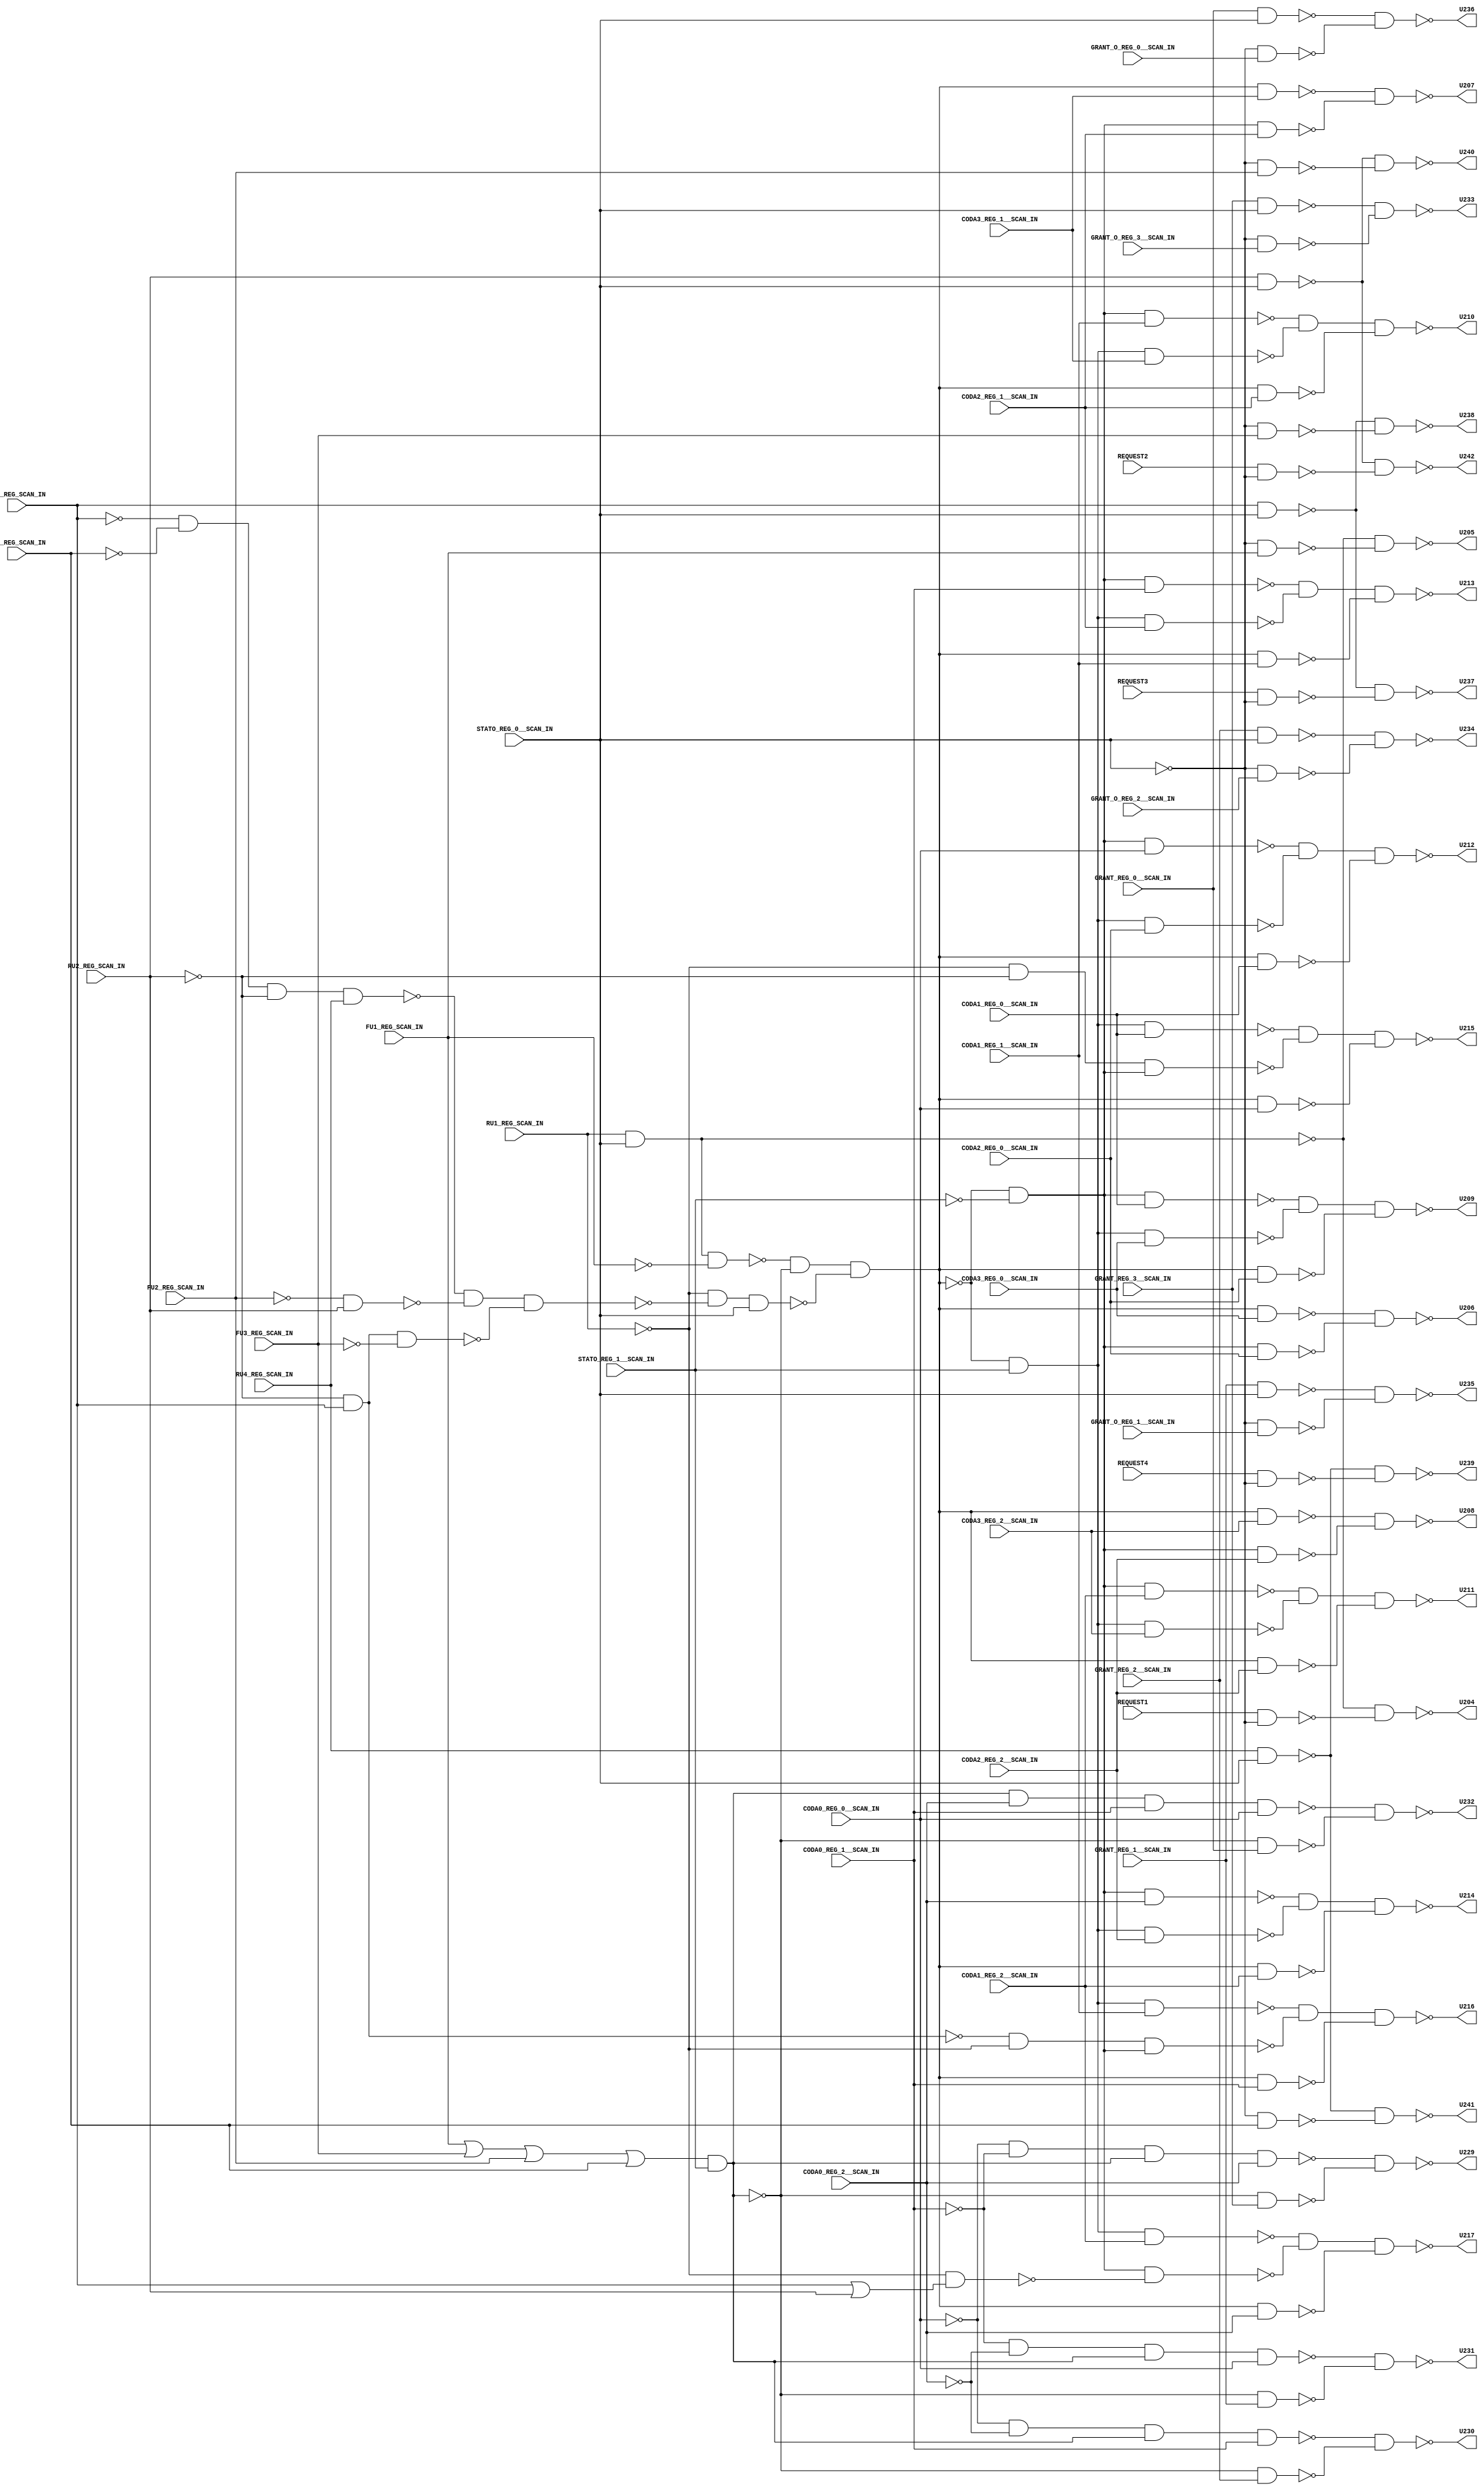
module b03_C( STATO_REG_0__SCAN_IN, REQUEST1, REQUEST2, REQUEST3, REQUEST4, CODA0_REG_2__SCAN_IN, CODA0_REG_1__SCAN_IN, CODA0_REG_0__SCAN_IN, CODA1_REG_2__SCAN_IN, CODA1_REG_1__SCAN_IN, CODA1_REG_0__SCAN_IN, CODA2_REG_2__SCAN_IN, CODA2_REG_1__SCAN_IN, CODA2_REG_0__SCAN_IN, CODA3_REG_2__SCAN_IN, CODA3_REG_1__SCAN_IN, CODA3_REG_0__SCAN_IN, GRANT_REG_3__SCAN_IN, GRANT_REG_2__SCAN_IN, GRANT_REG_1__SCAN_IN, GRANT_REG_0__SCAN_IN, GRANT_O_REG_3__SCAN_IN, GRANT_O_REG_2__SCAN_IN, GRANT_O_REG_1__SCAN_IN, GRANT_O_REG_0__SCAN_IN, RU3_REG_SCAN_IN, FU1_REG_SCAN_IN, FU3_REG_SCAN_IN, RU1_REG_SCAN_IN, RU4_REG_SCAN_IN, FU2_REG_SCAN_IN, FU4_REG_SCAN_IN, RU2_REG_SCAN_IN, STATO_REG_1__SCAN_IN, U204, U205, U206, U207, U208, U209, U210, U211, U212, U213, U214, U215, U216, U217, U229, U230, U231, U232, U233, U234, U235, U236, U237, U238, U239, U240, U241, U242); 
input STATO_REG_0__SCAN_IN, REQUEST1, REQUEST2, REQUEST3, REQUEST4, CODA0_REG_2__SCAN_IN, CODA0_REG_1__SCAN_IN, CODA0_REG_0__SCAN_IN, CODA1_REG_2__SCAN_IN, CODA1_REG_1__SCAN_IN, CODA1_REG_0__SCAN_IN, CODA2_REG_2__SCAN_IN, CODA2_REG_1__SCAN_IN, CODA2_REG_0__SCAN_IN, CODA3_REG_2__SCAN_IN, CODA3_REG_1__SCAN_IN, CODA3_REG_0__SCAN_IN, GRANT_REG_3__SCAN_IN, GRANT_REG_2__SCAN_IN, GRANT_REG_1__SCAN_IN, GRANT_REG_0__SCAN_IN, GRANT_O_REG_3__SCAN_IN, GRANT_O_REG_2__SCAN_IN, GRANT_O_REG_1__SCAN_IN, GRANT_O_REG_0__SCAN_IN, RU3_REG_SCAN_IN, FU1_REG_SCAN_IN, FU3_REG_SCAN_IN, RU1_REG_SCAN_IN, RU4_REG_SCAN_IN, FU2_REG_SCAN_IN, FU4_REG_SCAN_IN, RU2_REG_SCAN_IN, STATO_REG_1__SCAN_IN; 
output U204, U205, U206, U207, U208, U209, U210, U211, U212, U213, U214, U215, U216, U217, U229, U230, U231, U232, U233, U234, U235, U236, U237, U238, U239, U240, U241, U242; 
wire U201, U202, U203, U218, U219, U220, U221, U222, U223, U224, U225, U226, U227, U228, U243, U244, U245, U246, U247, U248, U249, U250, U251, U252, U253, U254, U255, U256, U257, U258, U259, U260, U261, U262, U263, U264, U265, U266, U267, U268, U269, U270, U271, U272, U273, U274, U275, U276, U277, U278, U279, U280, U281, U282, U283, U284, U285, U286, U287, U288, U289, U290, U291, U292, U293, U294, U295, U296, U297, U298, U299, U300, U301, U302, U303, U304, U305, U306, U307, U308, U309, U310, U311, U312, U313, U314, U315, U316, U317, U318, U319, U320, U321, U322; 
assign U203 = ~STATO_REG_0__SCAN_IN; 
assign U218 = ~STATO_REG_1__SCAN_IN; 
assign U219 = ~RU3_REG_SCAN_IN; 
assign U221 = ~RU1_REG_SCAN_IN; 
assign U222 = ~(RU1_REG_SCAN_IN & STATO_REG_0__SCAN_IN); 
assign U224 = ~CODA0_REG_2__SCAN_IN; 
assign U225 = ~CODA0_REG_1__SCAN_IN; 
assign U226 = ~CODA0_REG_0__SCAN_IN; 
assign U227 = ~FU1_REG_SCAN_IN; 
assign U228 = ~FU2_REG_SCAN_IN; 
assign U243 = ~RU2_REG_SCAN_IN; 
assign U245 = ~FU3_REG_SCAN_IN; 
assign U246 = ~FU4_REG_SCAN_IN; 
assign U248 = FU1_REG_SCAN_IN | FU3_REG_SCAN_IN | FU2_REG_SCAN_IN | FU4_REG_SCAN_IN; 
assign U256 = RU3_REG_SCAN_IN | RU2_REG_SCAN_IN; 
assign U304 = ~(GRANT_REG_3__SCAN_IN & STATO_REG_0__SCAN_IN); 
assign U306 = ~(GRANT_REG_2__SCAN_IN & STATO_REG_0__SCAN_IN); 
assign U308 = ~(GRANT_REG_1__SCAN_IN & STATO_REG_0__SCAN_IN); 
assign U310 = ~(GRANT_REG_0__SCAN_IN & STATO_REG_0__SCAN_IN); 
assign U312 = ~(RU3_REG_SCAN_IN & STATO_REG_0__SCAN_IN); 
assign U314 = ~(RU3_REG_SCAN_IN & STATO_REG_0__SCAN_IN); 
assign U316 = ~(RU4_REG_SCAN_IN & STATO_REG_0__SCAN_IN); 
assign U318 = ~(RU2_REG_SCAN_IN & STATO_REG_0__SCAN_IN); 
assign U320 = ~(RU4_REG_SCAN_IN & STATO_REG_0__SCAN_IN); 
assign U322 = ~(RU2_REG_SCAN_IN & STATO_REG_0__SCAN_IN); 
assign U220 = ~(U243 & RU3_REG_SCAN_IN); 
assign U244 = ~(U248 & STATO_REG_1__SCAN_IN); 
assign U247 = ~U222; 
assign U257 = ~(U221 & U256); 
assign U291 = ~(U203 & FU1_REG_SCAN_IN); 
assign U292 = ~(REQUEST1 & U203); 
assign U293 = ~(U228 & RU2_REG_SCAN_IN); 
assign U294 = ~(U219 & U246 & U243 & RU4_REG_SCAN_IN); 
assign U303 = ~(U203 & GRANT_O_REG_3__SCAN_IN); 
assign U305 = ~(U203 & GRANT_O_REG_2__SCAN_IN); 
assign U307 = ~(U203 & GRANT_O_REG_1__SCAN_IN); 
assign U309 = ~(U203 & GRANT_O_REG_0__SCAN_IN); 
assign U311 = ~(REQUEST3 & U203); 
assign U313 = ~(U203 & FU3_REG_SCAN_IN); 
assign U315 = ~(REQUEST4 & U203); 
assign U317 = ~(U203 & FU2_REG_SCAN_IN); 
assign U319 = ~(U203 & FU4_REG_SCAN_IN); 
assign U321 = ~(REQUEST2 & U203); 
assign U204 = ~(U222 & U292); 
assign U205 = ~(U222 & U291); 
assign U233 = ~(U304 & U303); 
assign U234 = ~(U306 & U305); 
assign U235 = ~(U308 & U307); 
assign U236 = ~(U310 & U309); 
assign U237 = ~(U312 & U311); 
assign U238 = ~(U314 & U313); 
assign U239 = ~(U316 & U315); 
assign U240 = ~(U318 & U317); 
assign U241 = ~(U320 & U319); 
assign U242 = ~(U322 & U321); 
assign U249 = ~U244; 
assign U250 = ~U220; 
assign U254 = ~(U247 & U227); 
assign U295 = ~(U244 & GRANT_REG_3__SCAN_IN); 
assign U297 = ~(U244 & GRANT_REG_2__SCAN_IN); 
assign U299 = ~(U244 & GRANT_REG_1__SCAN_IN); 
assign U301 = ~(U244 & GRANT_REG_0__SCAN_IN); 
assign U251 = ~(U250 & U245); 
assign U296 = ~(U226 & U225 & U249 & CODA0_REG_2__SCAN_IN); 
assign U298 = ~(U226 & U224 & U249 & CODA0_REG_1__SCAN_IN); 
assign U300 = ~(U225 & U224 & U249 & CODA0_REG_0__SCAN_IN); 
assign U302 = ~(U249 & CODA0_REG_2__SCAN_IN & CODA0_REG_1__SCAN_IN & CODA0_REG_0__SCAN_IN); 
assign U229 = ~(U296 & U295); 
assign U230 = ~(U298 & U297); 
assign U231 = ~(U300 & U299); 
assign U232 = ~(U302 & U301); 
assign U252 = ~(U294 & U293 & U251); 
assign U253 = ~(U221 & U252 & STATO_REG_0__SCAN_IN); 
assign U223 = ~(U254 & U244 & U253); 
assign U201 = U223 & U218; 
assign U202 = U223 & STATO_REG_1__SCAN_IN; 
assign U255 = ~U223; 
assign U258 = ~(U201 & U257); 
assign U259 = ~(U202 & CODA1_REG_2__SCAN_IN); 
assign U260 = ~(U255 & CODA0_REG_2__SCAN_IN); 
assign U261 = ~(U220 & U221 & U201); 
assign U262 = ~(U202 & CODA1_REG_1__SCAN_IN); 
assign U263 = ~(U255 & CODA0_REG_1__SCAN_IN); 
assign U264 = ~(U221 & U243 & U201); 
assign U265 = ~(U202 & CODA1_REG_0__SCAN_IN); 
assign U266 = ~(U255 & CODA0_REG_0__SCAN_IN); 
assign U267 = ~(U202 & CODA2_REG_2__SCAN_IN); 
assign U268 = ~(U201 & CODA0_REG_2__SCAN_IN); 
assign U269 = ~(U255 & CODA1_REG_2__SCAN_IN); 
assign U270 = ~(U202 & CODA2_REG_1__SCAN_IN); 
assign U271 = ~(U201 & CODA0_REG_1__SCAN_IN); 
assign U272 = ~(U255 & CODA1_REG_1__SCAN_IN); 
assign U273 = ~(U202 & CODA2_REG_0__SCAN_IN); 
assign U274 = ~(U201 & CODA0_REG_0__SCAN_IN); 
assign U275 = ~(U255 & CODA1_REG_0__SCAN_IN); 
assign U276 = ~(U202 & CODA3_REG_2__SCAN_IN); 
assign U277 = ~(U201 & CODA1_REG_2__SCAN_IN); 
assign U278 = ~(U255 & CODA2_REG_2__SCAN_IN); 
assign U279 = ~(U202 & CODA3_REG_1__SCAN_IN); 
assign U280 = ~(U201 & CODA1_REG_1__SCAN_IN); 
assign U281 = ~(U255 & CODA2_REG_1__SCAN_IN); 
assign U282 = ~(U202 & CODA3_REG_0__SCAN_IN); 
assign U283 = ~(U201 & CODA1_REG_0__SCAN_IN); 
assign U284 = ~(U255 & CODA2_REG_0__SCAN_IN); 
assign U285 = ~(U201 & CODA2_REG_2__SCAN_IN); 
assign U286 = ~(U255 & CODA3_REG_2__SCAN_IN); 
assign U287 = ~(U201 & CODA2_REG_1__SCAN_IN); 
assign U288 = ~(U255 & CODA3_REG_1__SCAN_IN); 
assign U289 = ~(U201 & CODA2_REG_0__SCAN_IN); 
assign U290 = ~(U255 & CODA3_REG_0__SCAN_IN); 
assign U206 = ~(U290 & U289); 
assign U207 = ~(U288 & U287); 
assign U208 = ~(U286 & U285); 
assign U209 = ~(U283 & U282 & U284); 
assign U210 = ~(U280 & U279 & U281); 
assign U211 = ~(U277 & U276 & U278); 
assign U212 = ~(U274 & U273 & U275); 
assign U213 = ~(U271 & U270 & U272); 
assign U214 = ~(U268 & U267 & U269); 
assign U215 = ~(U265 & U264 & U266); 
assign U216 = ~(U262 & U261 & U263); 
assign U217 = ~(U259 & U258 & U260); 
endmodule